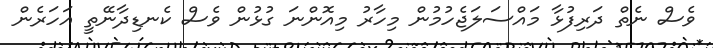
ވެސް ނެތް ދަރިފުޅާ މައްސަލަޖެހުމުން މިހާރު މިއޮންނަ ގުޅުން ވެސް ކެނޑިދާނޭތީ އަހަރެން